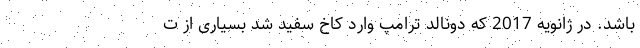
باشد. در ژانویه 2017 که دونالد ترامپ وارد کاخ سفید شد بسیاری از ت